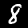
Digit: 8